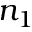
n _ { 1 }